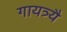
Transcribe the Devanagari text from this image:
गायत्र्यै